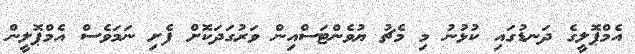
އެމްޕޮލީގެ ދަނޑުގައި ކުޅުނު މި މެޗު ޔުވެންޓަސްއިން ވަރުގަދަކޮށް ފެށި ނަމަވެސް އެމްޕޮލީން